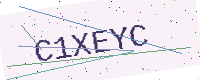
Text: C1XEYC